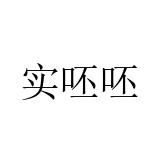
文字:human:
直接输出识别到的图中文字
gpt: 实呸呸